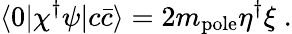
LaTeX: \langle 0|\chi^{\dagger}\psi|c\bar{c}\rangle=2m_{\mathrm{pole}}\eta^{\dagger}\xi\; .